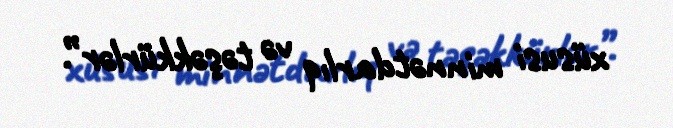
xüsusi minnətdarlıq və təşəkkürlər”.